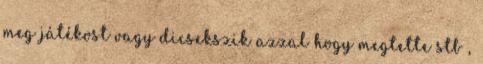
meg játékost vagy dicsekszik azzal hogy megtette stb ,